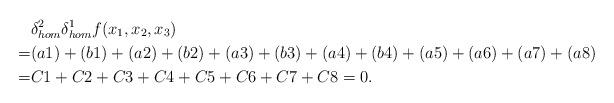
LaTeX: \begin{align*}&\delta^{2}_{hom}\delta^{1}_{hom}f(x_1,x_2,x_3)\\=&(a1)+(b1)+(a2)+(b2)+(a3)+(b3)+(a4)+(b4)+(a5)+(a6)+(a7)+(a8)\\=&C1+C2+C3+C4+C5+C6+C7+C8=0.\end{align*}